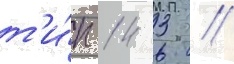
т'и́п 14 3 //